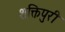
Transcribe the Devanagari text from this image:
शक्तिपुरी